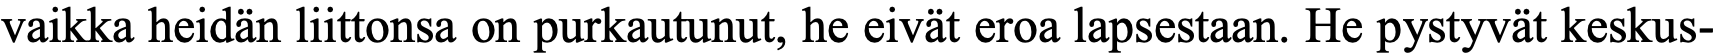
vaikka heidän liittonsa on purkautunut, he eivät eroa lapsestaan. He pystyvät keskus-